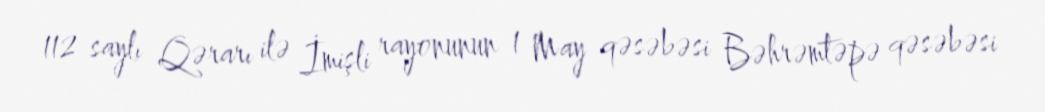
112 saylı Qərarı ilə İmişli rayonunun 1 May qəsəbəsi Bəhrəmtəpə qəsəbəsi